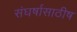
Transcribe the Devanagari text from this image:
संघर्षासाठीष